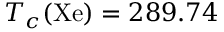
T _ { c } ( \mathrm { X e } ) = 2 8 9 . 7 4